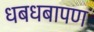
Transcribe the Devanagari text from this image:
धबधबापण